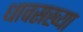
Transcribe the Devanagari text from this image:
धावसख्या